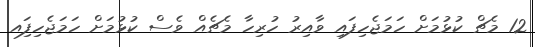
12 މެޗް ކުޅުމަށް ހަމަޖެހިފައި ވާއިރު ހުރިހާ މެޗެއް ވެސް ކުޅުމަށް ހަމަޖެހިފަިއ